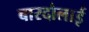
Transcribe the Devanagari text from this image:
बारदोलाई